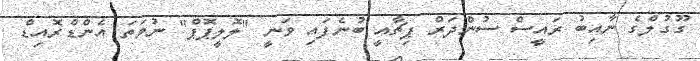
ގޫގުލްގެ ނާއިބު ރައީސް ސުންދަރް ޕިޗާއީ ބުނެފައި ވަނީ "ލޮލީޕޮޕް" ނުވަތަ އެންޑްރޮއިޑް